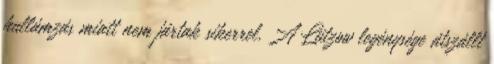
hullámzás miatt nem jártak sikerrel. A Lützow legénysége átszállt